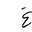
Letter: _gayn